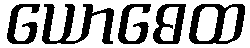
ယောဓေထ